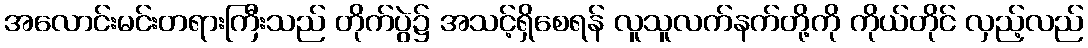
အလောင်းမင်းတရားကြီးသည် တိုက်ပွဲ၌ အသင့်ရှိစေရန် လူသူလက်နက်တို့ကို ကိုယ်တိုင် လှည့်လည်